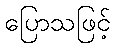
ပြောသဖြင့်